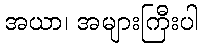
အယာ၊ အများကြီးပါ